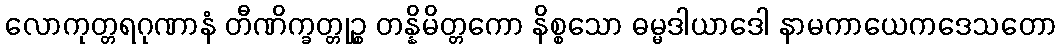
လောကုတ္တရဂုဏာနံ တီဏိက္ခတ္တုဉ္စ တန္နိမိတ္တကော နိစ္စသော ဓမ္မဒါယာဒေါ နာမကာယေကဒေသတော